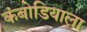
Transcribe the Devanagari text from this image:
कंबोडियाला